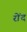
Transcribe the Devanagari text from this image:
रोंद